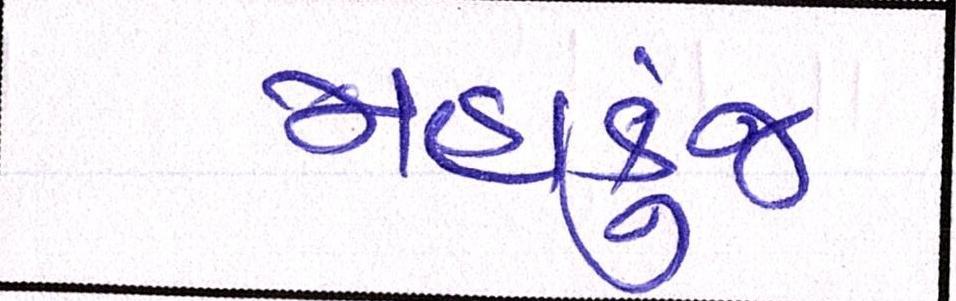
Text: મહાકુંભ